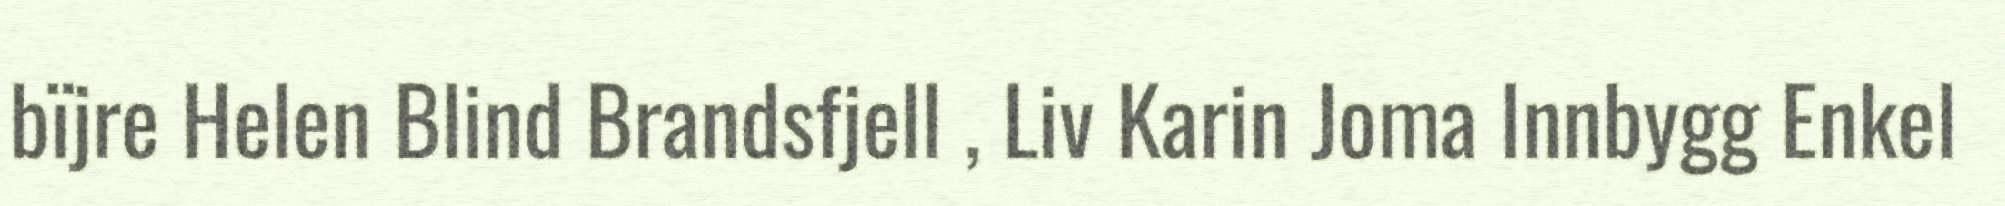
bïjre Helen Blind Brandsfjell , Liv Karin Joma Innbygg Enkel